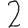
Digit: 2